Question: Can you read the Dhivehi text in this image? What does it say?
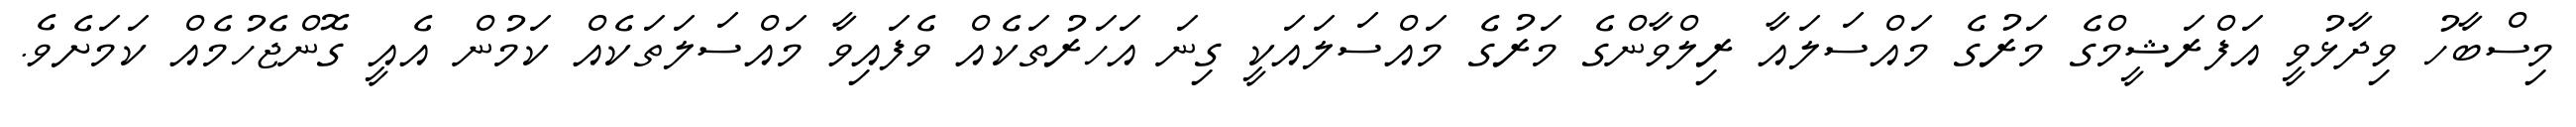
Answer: މިސްބާހު ވިދާޅުވީ އަފްރަޝީމްގެ މަރުގެ މައްސަލައާ ރިލްވާންގެ މަރުގެ މައްސަލައަކީ ގިނަ އަހަރުތަކެއް ވެފައިވާ މައްސަލަތަކެއް ކަމުން އެއީ ގޮންޖެހުމެއް ކަމަށެވެ.